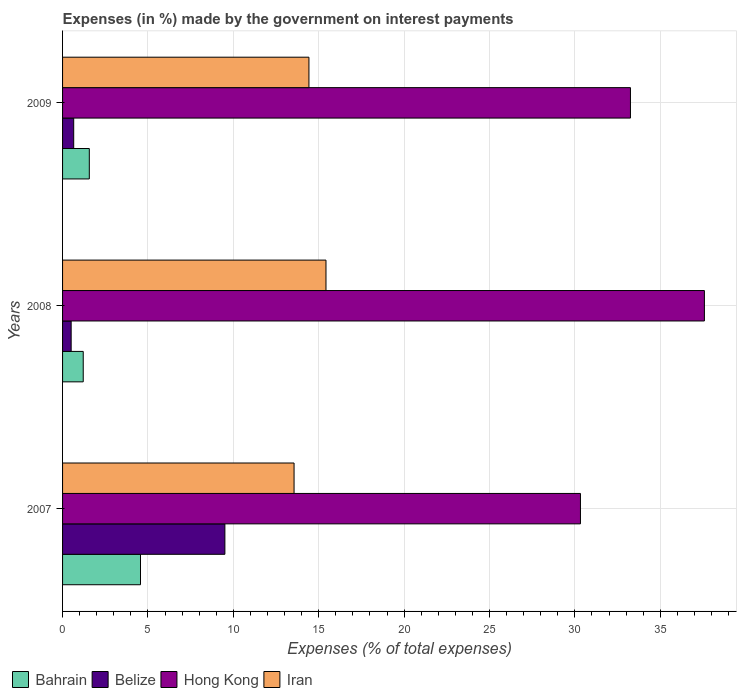
| Years | Bahrain | Belize | Hong Kong | Iran |
 | --- | --- | --- | --- | --- |
 | 2007 | 4.56 | 9.51 | 30.3 | 13.6 |
 | 2008 | 1.21 | 0.503 | 37.6 | 15.4 |
 | 2009 | 1.57 | 0.652 | 33.3 | 14.4 |